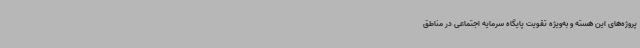
پروژه‌های این هسته و به‌ویژه تقویت پایگاه سرمایه اجتماعی در مناطق